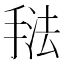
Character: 𰔃